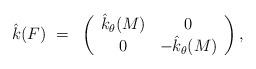
LaTeX: \begin{align*}\hat k(F)~=~\left(\begin{array}{cc}\hat k_\theta(M) & 0 \\0 & -\hat k_\theta(M)\\\end{array}\right),\end{align*}